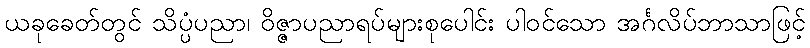
ယခုခေတ်တွင် သိပ္ပံပညာ၊ ဝိဇ္ဇာပညာရပ်များစုပေါင်း ပါဝင်သော အင်္ဂလိပ်ဘာသာဖြင့်